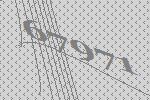
67971